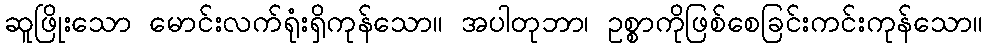
ဆူဖြိုးသော မောင်းလက်ရုံးရှိကုန်သော။ အပါတုဘာ၊ ဥစ္စာကိုဖြစ်စေခြင်းကင်းကုန်သော။